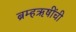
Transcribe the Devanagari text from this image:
ब्रम्हऋषींची